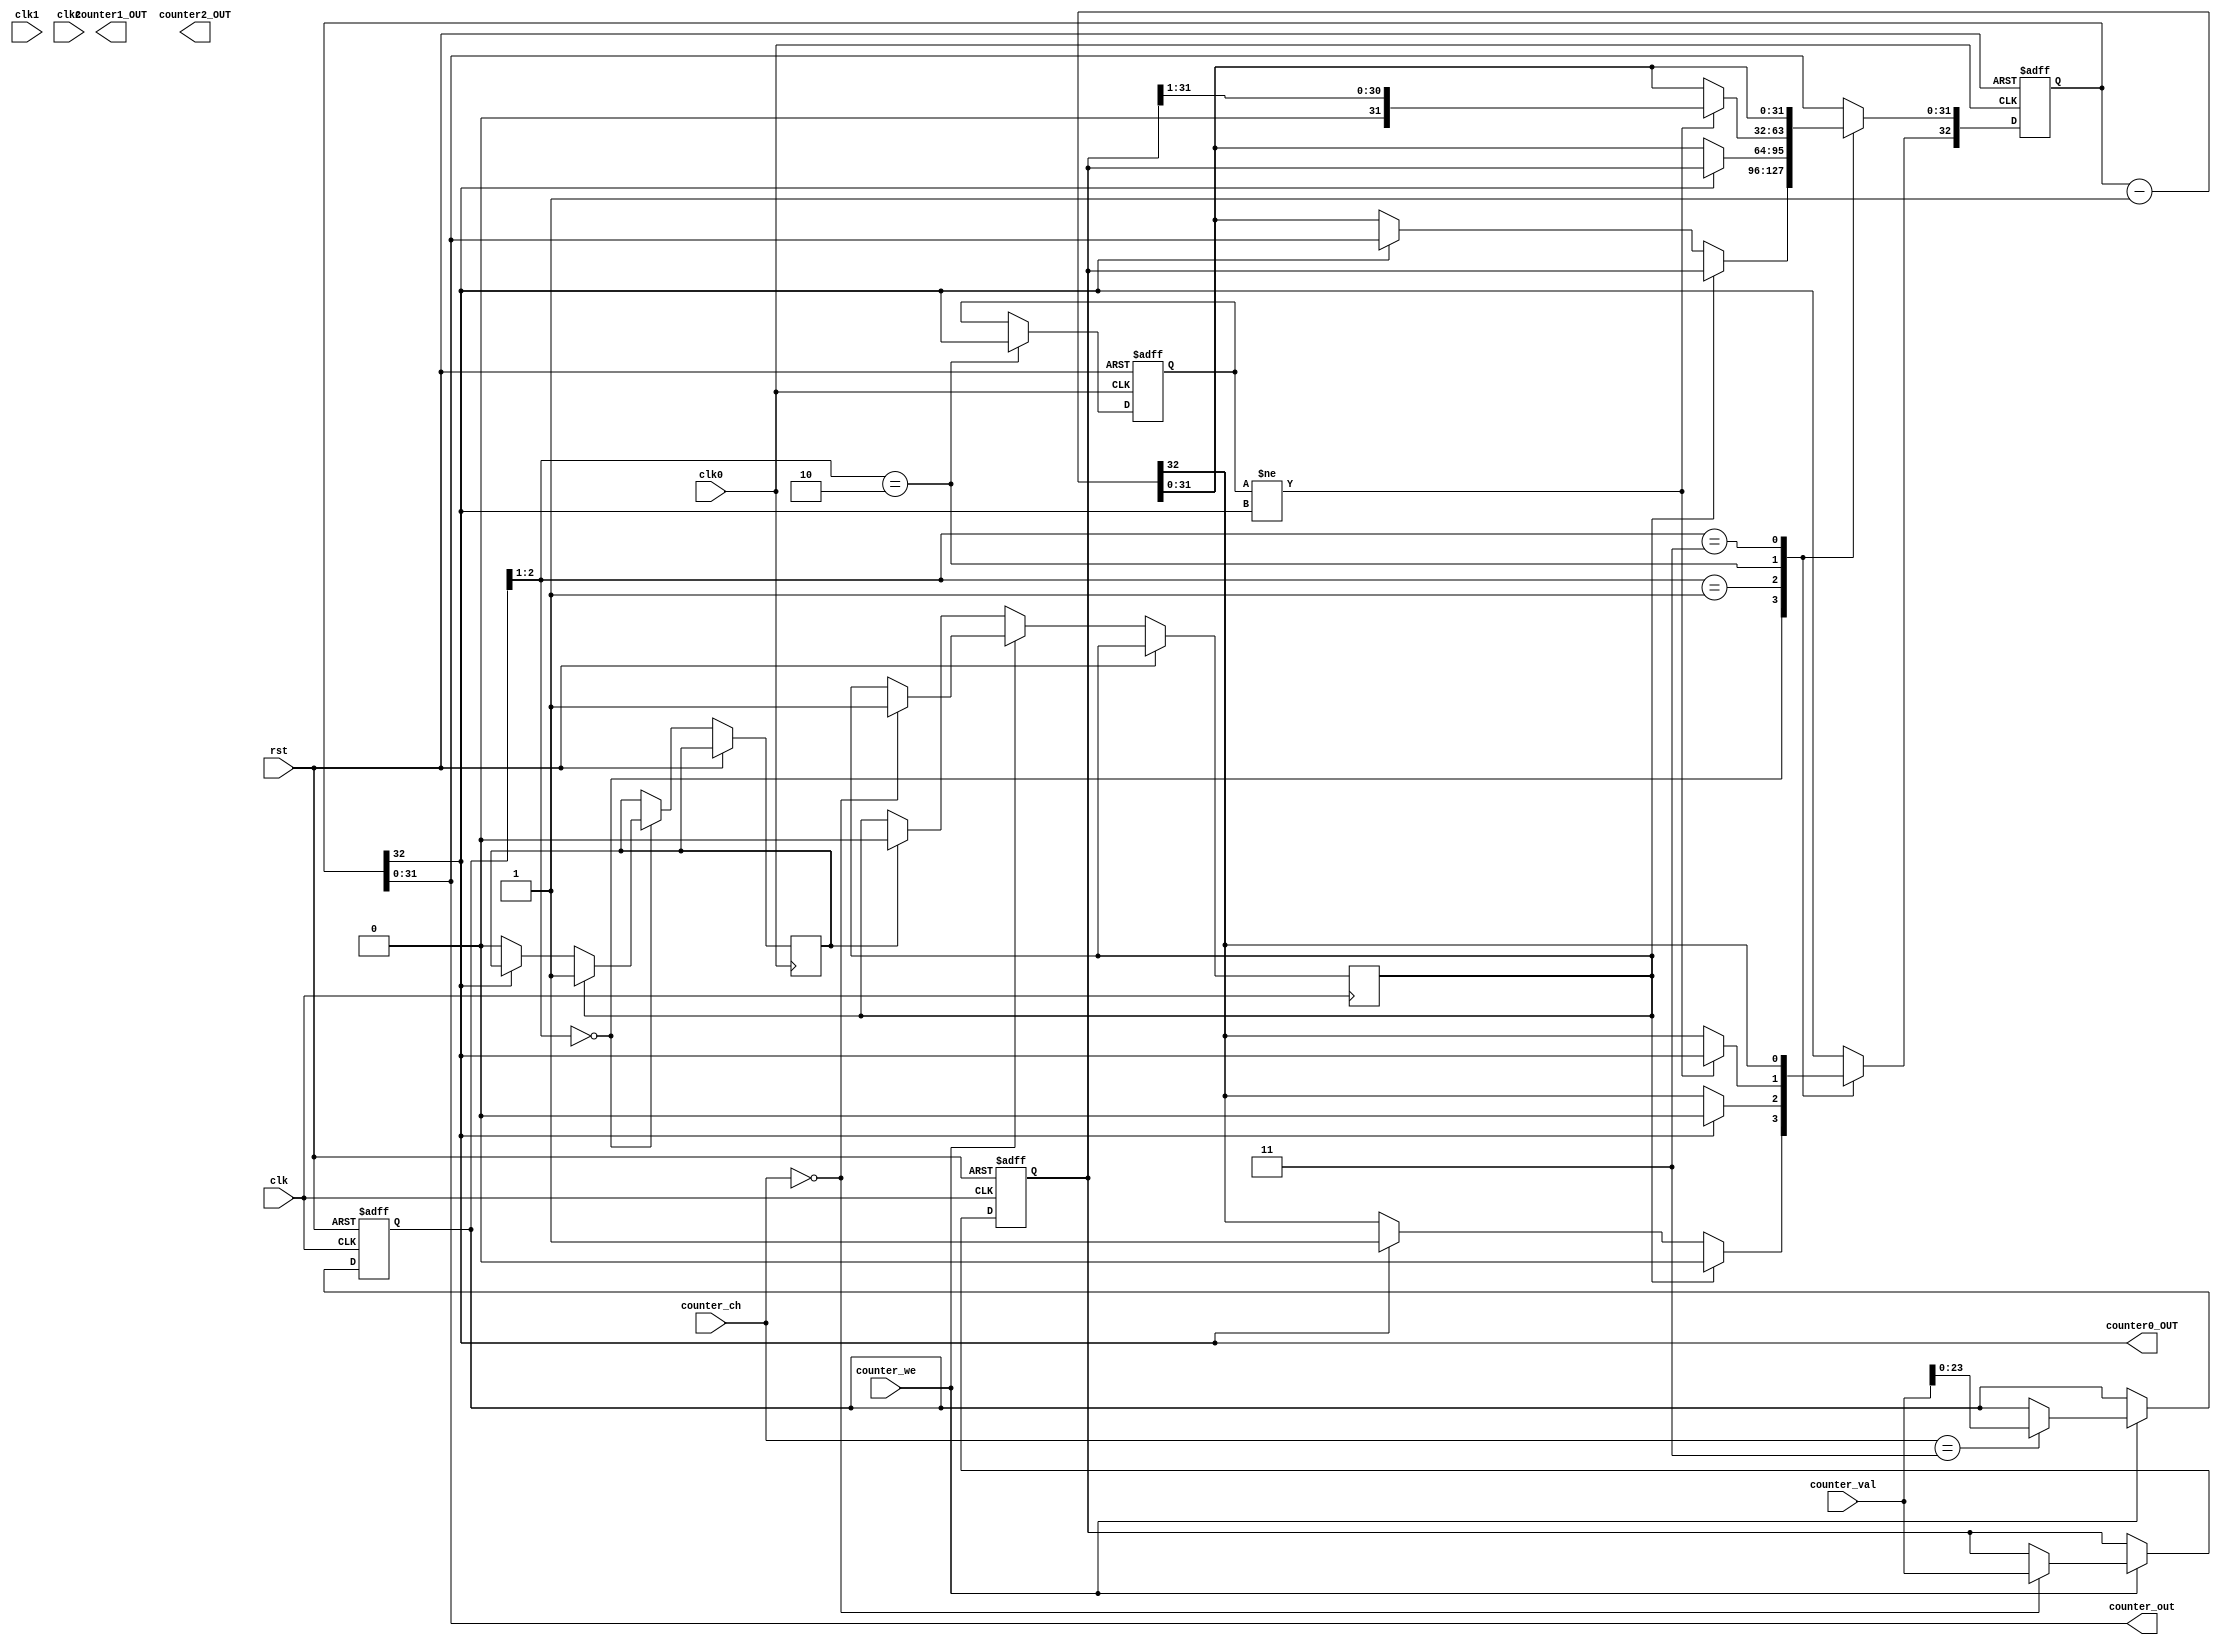
`timescale 1ns / 1ps
//////////////////////////////////////////////////////////////////////////////////
// Company: 
// Engineer: 
// 
// Design Name: 
// Module Name:    Counter_8253 
// Project Name: 
// Target Devices: 
// Tool versions: 
// Description: 
//
// Dependencies: 
//
// Revision: 
// Revision 0.01 - File Created
// Additional Comments: 
//
//////////////////////////////////////////////////////////////////////////////////
module Counter_x(input clk,
					input rst,
					input clk0,
					input clk1,
					input clk2,
					input counter_we,
					input [31:0] counter_val,
					input [1:0] counter_ch,				//Counter channel set

					output counter0_OUT,
					output counter1_OUT,
					output counter2_OUT,
					output [31:0] counter_out
					
					);
reg [32:0] counter0,counter1,counter2;
reg [31:0] counter0_Lock,counter1_Lock,counter2_Lock;
reg [23:0] counter_Ctrl;
reg sq0,sq1,sq2,M0,M1,M2,clr0,clr1,clr2;

//Counter read or write & set		counter_ch=SC1 SC0; counter_Ctrl=XX M2 M1 M0 X
		
	always @ (posedge clk or posedge rst) begin 
		if (rst )
			begin counter0_Lock <=0;counter1_Lock <=0;counter2_Lock <=0;counter_Ctrl<=0; end
		else	 	
			if (counter_we) begin
				case(counter_ch)
					2'h0: begin counter0_Lock <= counter_val;  M0<=1; end	//f0000000: bit1 bit0 =00
					2'h1: begin counter1_Lock <= counter_val;  M1<=1; end //f0000000: bit1 bit0 =01 
					2'h2: begin counter2_Lock <= counter_val;  M2<=1; end //f0000000: bit1 bit0 =10
					2'h3: begin counter_Ctrl <= counter_val[23:0];    end //counter_Ctrl=XX M2 M1 M0 X
				endcase
				end
			else begin counter0_Lock <=counter0_Lock;
						  counter1_Lock <=counter1_Lock;
						  counter2_Lock <=counter2_Lock;
						  counter_Ctrl<=counter_Ctrl;
						  if(clr0) M0<=0;
						  if(clr1) M1<=0;
						  if(clr2) M2<=0;						  
					end
	end

// Counter channel 0			
	always @ (posedge clk0 or posedge rst) begin 
		if (rst )
			begin counter0<=0; sq0<=0; end
		else
			case(counter_Ctrl[2:1])
				2'b00: begin if (M0) begin counter0 <= {1'b0,counter0_Lock}; clr0<=1; end 
								 else if  (counter0[32]==0)begin counter0 <= counter0 - 1'b1; clr0<=0; end
						 end  
				2'b01: begin if (counter0[32]==0) counter0 <= counter0 - 1'b1; else counter0 <={1'b0,counter0_Lock}; end
				2'b10: begin sq0<=counter0[32];
						 if (sq0!=counter0[32]) counter0[31:0] <= {1'b0,counter0_Lock[31:1]}; else counter0 <= counter0 - 1'b1;end  
				2'b11: counter0 <= counter0 - 1'b1; 
			endcase
	end
	
/*// Counter channel 1		
	always @ (posedge clk1 or posedge rst) begin 
		if (rst )
			begin counter1<=0;sq1<=0; end
		else
			case(counter_Ctrl[10:9])
				2'b00: begin if (M1) begin counter1 <= {1'b0,counter1_Lock}; clr1<=1; end 
								 else if  (counter1[32]==0)begin counter1 <= counter1 - 1'b1; clr1<=0; end
						 end  
				2'b01: begin if (counter1[32]==1) counter1 <= counter1 - 1'b1; else counter1 <={1'b1,counter1_Lock}; end
				2'b10: begin sq1<=counter1[32];
						 if (sq1!=counter1[32]) counter1 <= {1'b0,counter1_Lock[31:1]}; else counter1 <= counter1 - 1'b1;end  
				2'b11: counter1 <= counter1 - 1'b1; 
			endcase
	end
// Counter channel 2	
	always @ (posedge clk2 or posedge rst) begin 
		if (rst )
			begin counter2<=0;sq2<=0; end
		else
			case(counter_Ctrl[18:17])
				2'b00: begin if (M2) begin counter2 <= {1'b0,counter2_Lock}; clr2<=1; end 
								 else if  (counter2[32]==0) begin counter2 <= counter2 - 1'b1; clr2<=0; end
						 end  				
				2'b01: begin if (counter2[32]==1) counter2 <= counter2 - 1'b1; else counter2 <={1'b1,counter2_Lock}; end
				2'b10: begin sq2<=counter2[32];
						 if (sq2!=counter2[32]) counter2 <= {1'b0,counter2_Lock[31:1]}; else counter2 <= counter2 - 1'b1;end  
				2'b11: counter2 <= counter2 - 1'b1; 
			endcase
	end
*/	
	assign counter0_OUT=counter0[32];
	assign counter1_OUT=counter1[32];
	assign counter2_OUT=counter2[32];
	assign counter_out = counter0[31:0];
/*	always @*
		case(counter_ch)
			2'h0: counter_out <= counter0[31:0];
			2'h1: counter_out <= counter1[31:0];
			2'h2: counter_out <= counter2[31:0];
			2'h3: counter_out <= {8'h00,counter_Ctrl} ;
		endcase
*/
endmodule